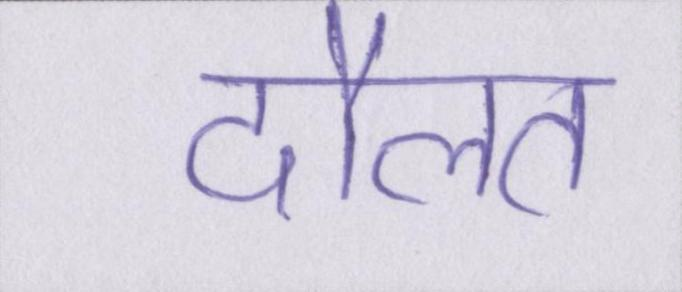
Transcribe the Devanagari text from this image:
दौलत